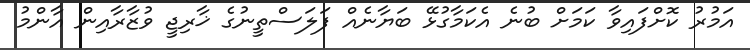
އަމުރު ކޮށްފައިވާ ކަމަށް ބުނެ އެކަމާގުޅޭ ބަޔާނެއް ފަލަސްތީނުގެ ޚާރިޖީ ވުޒާރާއިން އާންމު